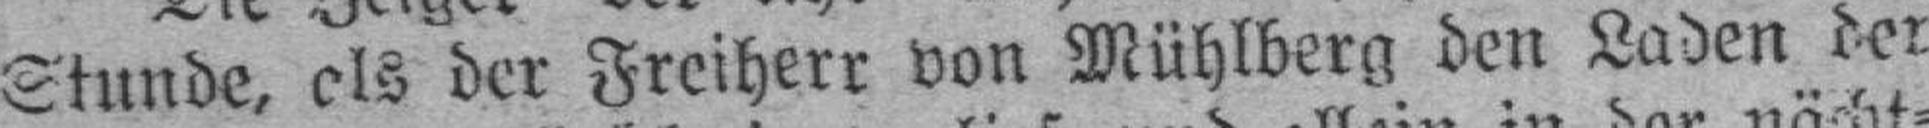
Stunde, als der Freiherr von Mühlberg den Laden der